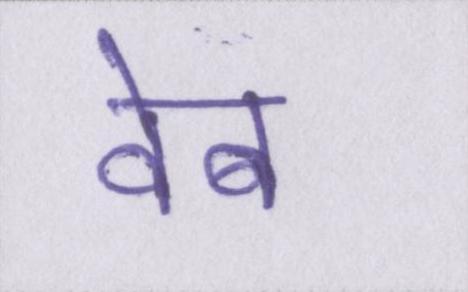
वेब